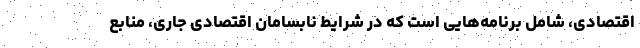
اقتصادی، شامل برنامه‌هایی است که در شرایط نابسامان اقتصادی جاری، منابع